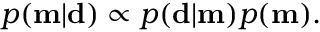
p ( \mathbf { m } | \mathbf { d } ) \propto p ( \mathbf { d } | \mathbf { m } ) p ( \mathbf { m } ) .